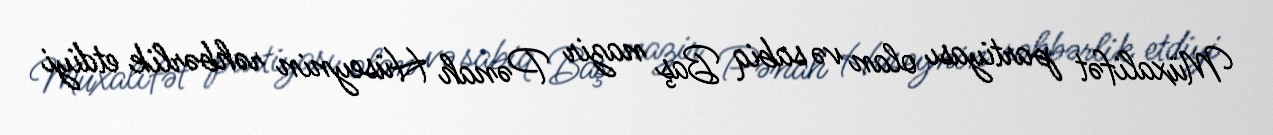
Müxalifət partiyası olan və sabiq Baş nazir Pənah Hüseynin rəhbərlik etdiyi